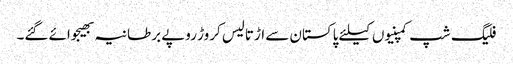
فلیگ شپ کمپنیوں کیلئے پاکستان سے اڑتالیس کروڑ روپے برطانیہ بھیجوائے گئے۔